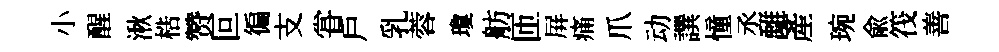
小醒湫梏赞叵徧支甞戶乳蓉瓊舫匝屏痛爪动譔憧丞𩀌産琬兪筏善